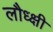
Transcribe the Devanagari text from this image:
लौध्क्षी